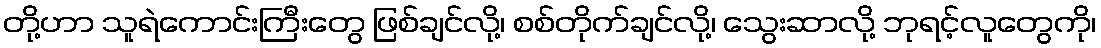
တို့ဟာ သူရဲကောင်းကြီးတွေ ဖြစ်ချင်လို့၊ စစ်တိုက်ချင်လို့၊ သွေးဆာလို့ ဘုရင့်လူတွေကို၊